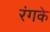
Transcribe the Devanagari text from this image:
रंगके